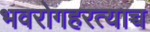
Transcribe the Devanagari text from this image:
भवरोगहरत्याच्च